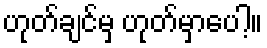
ဟုတ်ချင်မှ ဟုတ်မှာပေါ့။